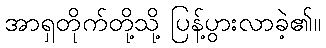
အာရှတိုက်တို့သို့ ပြန့်ပွားလာခဲ့၏။